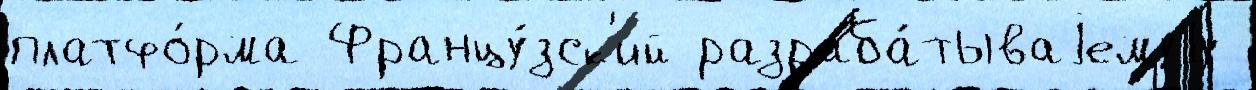
платфо́рма Францу́зск'ий разраба́тываjемуjу